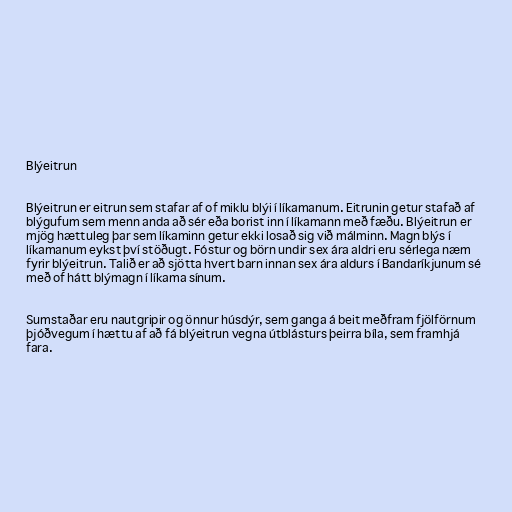
Blýeitrun

Blýeitrun er eitrun sem stafar af of miklu blýi í líkamanum. Eitrunin getur stafað af
blýgufum sem menn anda að sér eða borist inn í líkamann með fæðu. Blýeitrun er
mjög hættuleg þar sem líkaminn getur ekki losað sig við málminn. Magn blýs í
líkamanum eykst því stöðugt. Fóstur og börn undir sex ára aldri eru sérlega næm
fyrir blýeitrun. Talið er að sjötta hvert barn innan sex ára aldurs í Bandaríkjunum sé
með of hátt blýmagn í líkama sínum.

Sumstaðar eru nautgripir og önnur húsdýr, sem ganga á beit meðfram fjölförnum
þjóðvegum í hættu af að fá blýeitrun vegna útblásturs þeirra bíla, sem framhjá
fara.